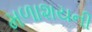
મળાશયની